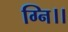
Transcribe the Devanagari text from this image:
ग्नि।।